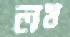
লম